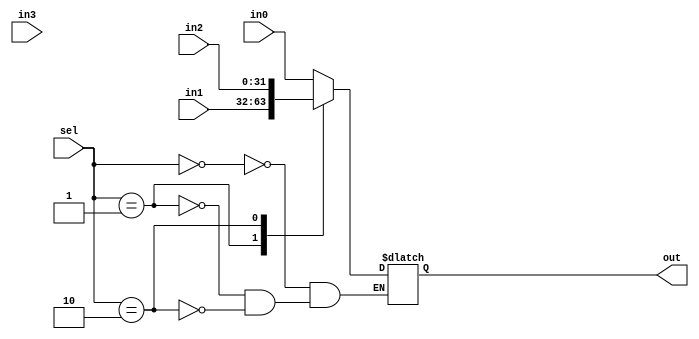
`timescale 1ns / 1ps
//////////////////////////////////////////////////////////////////////////////////
// Company: 
// Engineer: 
// 
// Design Name: 
// Module Name: mux_4_to_1
// Project Name: 
// Target Devices: 
// Tool Versions: 
// Description: 
// 
// Dependencies: 
// 
// Revision:
// Revision 0.01 - File Created
// Additional Comments:
// 
//////////////////////////////////////////////////////////////////////////////////


module mux_4_to_1(
    input [31:0] in0,
    input [31:0] in1,
    input [31:0] in2,
    input [31:0] in3,
    input [1:0] sel,
    output reg [31:0] out
    );
    
    always @(sel or in0 or in1 or in2) begin
        case (sel)
            0: out = in0;
            1: out = in1;
            2: out = in2;
        endcase
    end
    
endmodule